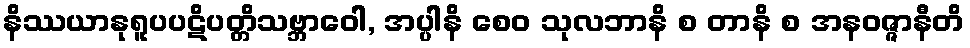
နိဿယာနုရူပပဋိပတ္တိသဗ္ဘာဝေါ, အပ္ပါနိ စေဝ သုလဘာနိ စ တာနိ စ အနဝဇ္ဇာနီတိ